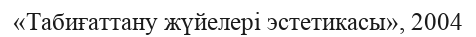
«Табиғаттану жүйелері эстетикасы», 2004